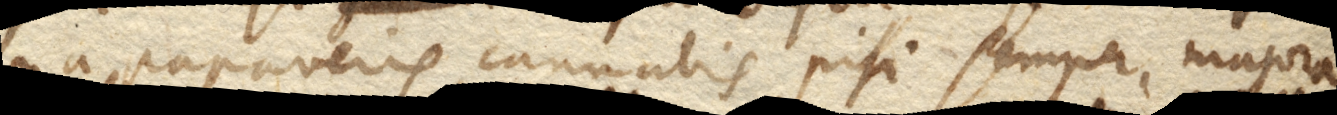
na papaveris, cannabis, pisi semper majora